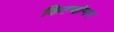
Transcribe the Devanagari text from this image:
किल्चोमन